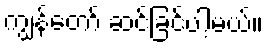
ကျွန်တော် ဆင်ခြင်ပါ့မယ်။